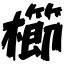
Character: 櫛